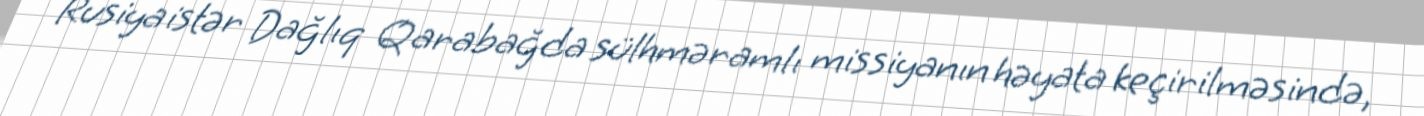
Rusiya istər Dağlıq Qarabağda sülhməramlı missiyanın həyata keçirilməsində,